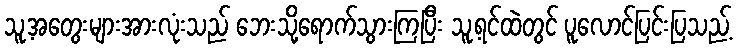
သူ့အတွေးများအားလုံးသည် ဘေးသို့ရောက်သွားကြပြီး သူ့ရင်ထဲတွင် ပူလောင်ပြင်းပြသည့်